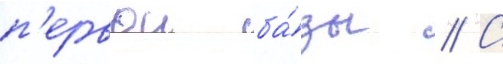
п'ервои ба́зы // С